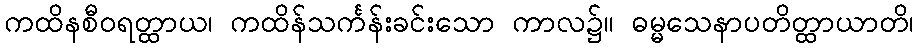
ကထိနစီဝရတ္ထာယ၊ ကထိန်သင်္ကန်းခင်းသော ကာလ၌။ ဓမ္မသေနာပတိတ္ထာယာတိ၊